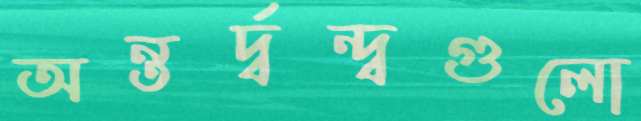
অন্তর্দ্বন্দ্বগুলো